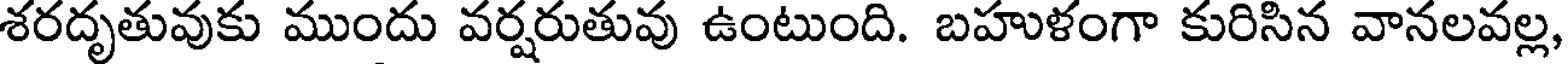
శరదృతువుకు ముందు వర్షరుతువు ఉంటుంది. బహుళంగా కురిసిన వానలవల్ల,